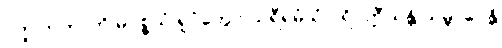
ဝတ္ထုကတာတိ မပစ္စယံ ရူပံတွေဝ သရီရမံသံ ပရိဝတ္တီယန္တိ သမ္ဘာဝေန္တိ